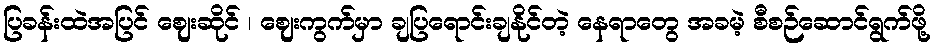
ပြခန်းထဲအပြင် ဈေးဆိုင် ၊ ဈေးကွက်မှာ ချပြရောင်းချနိုင်တဲ့ နေရာတွေ အခမဲ့ စီစဉ်ဆောင်ရွက်ဖို့